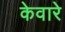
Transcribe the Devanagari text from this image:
केवारे